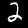
Label: 2